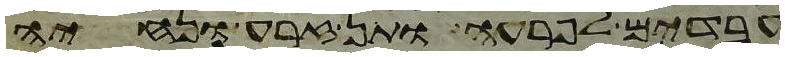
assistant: עבדים לפרעה ותן זרע ונחיה